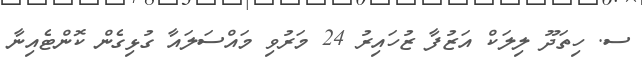
ސ. ހިތަދޫ ލިލަކް އަޒުފާ ޒުހައިރު 24 މަރުވި މައްސަލައާ ގުޅިގެން ކޮންޓެއިނާ